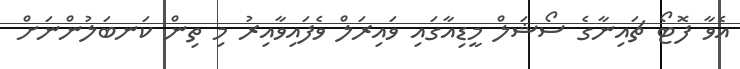
އެވާ ފޮޓޯ ޗައިނާގެ ސޯޝަލް މީޑިއާގައި ވައިރަލް ވެފައިވާއިރު މި ތިން ކަނބަލުންނަށް